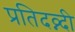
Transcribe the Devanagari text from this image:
प्रतिदव्न्दी